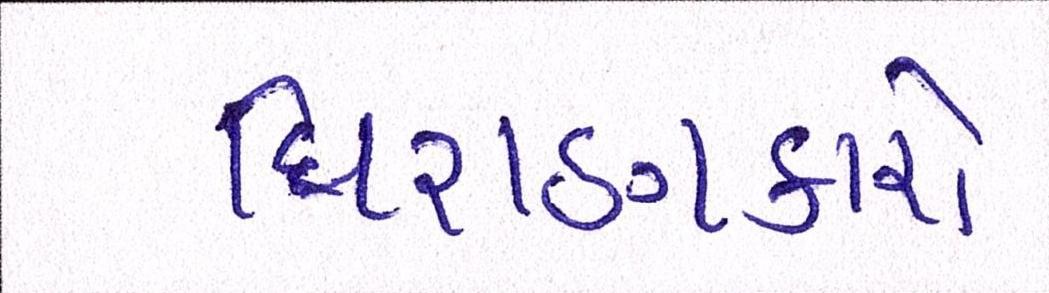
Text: ધિરાણકારો